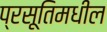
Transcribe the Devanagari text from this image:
प्रसूतिमधील